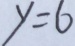
y = 6